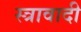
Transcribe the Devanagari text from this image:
स्त्रावादी